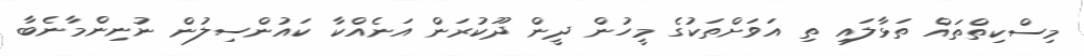
މިސްކިތްތައް ތަޅާލައި ތި އަވަށްތަކުގެ މީހުން ދީން ދޫކުރަން އަނެއްކާ ކައުންސިލުން ނުނިންމާނެބާ